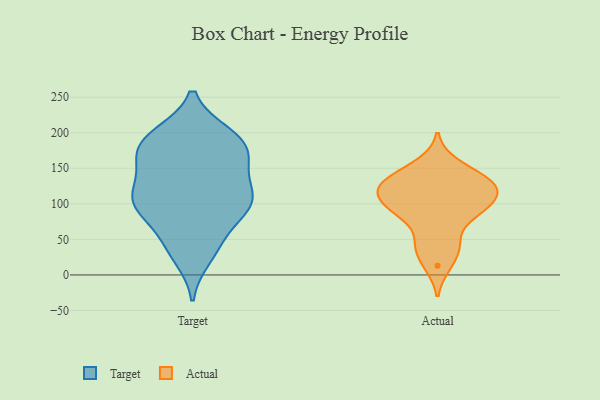
{"axis": {"x": "Net Income (USD K)", "y": "Value"}, "legend": ["Actual", "Target"], "data": [{"x": "", "y": 100, "type": "Target"}, {"x": "", "y": 46, "type": "Target"}, {"x": "", "y": 40, "type": "Target"}, {"x": "", "y": 104, "type": "Target"}, {"x": "", "y": 77, "type": "Target"}, {"x": "", "y": 99, "type": "Target"}, {"x": "", "y": 191, "type": "Target"}, {"x": "", "y": 121, "type": "Target"}, {"x": "", "y": 166, "type": "Target"}, {"x": "", "y": 197, "type": "Target"}, {"x": "", "y": 103, "type": "Target"}, {"x": "", "y": 167, "type": "Target"}, {"x": "", "y": 193, "type": "Target"}, {"x": "", "y": 155, "type": "Target"}, {"x": "", "y": 194, "type": "Target"}, {"x": "", "y": 25, "type": "Target"}, {"x": "", "y": 108, "type": "Target"}, {"x": "", "y": 143, "type": "Target"}, {"x": "", "y": 173, "type": "Target"}, {"x": "", "y": 100, "type": "Target"}, {"x": "", "y": 97, "type": "Actual"}, {"x": "", "y": 83, "type": "Actual"}, {"x": "", "y": 40, "type": "Actual"}, {"x": "", "y": 13, "type": "Actual"}, {"x": "", "y": 44, "type": "Actual"}, {"x": "", "y": 157, "type": "Actual"}, {"x": "", "y": 133, "type": "Actual"}, {"x": "", "y": 124, "type": "Actual"}, {"x": "", "y": 110, "type": "Actual"}, {"x": "", "y": 138, "type": "Actual"}, {"x": "", "y": 129, "type": "Actual"}, {"x": "", "y": 118, "type": "Actual"}, {"x": "", "y": 101, "type": "Actual"}, {"x": "", "y": 85, "type": "Actual"}]}